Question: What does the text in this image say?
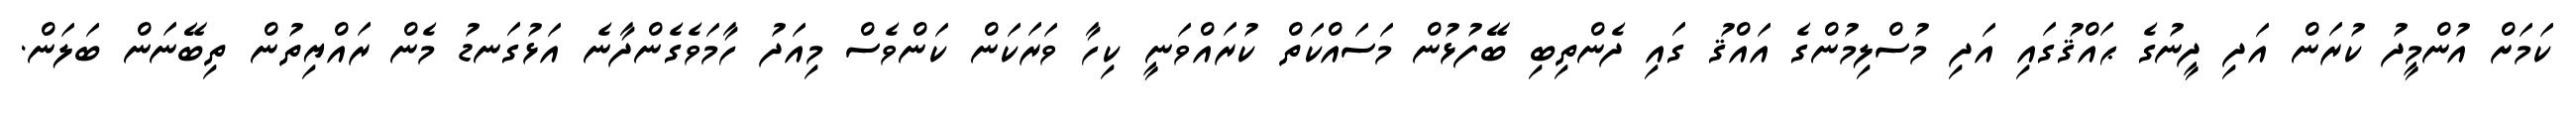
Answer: ކަމަށް އުންމީދު ކުރަން އަދި ދީނުގެ ޙައްޤުގައި އަދި މުސްލިމުންގެ އައްޤު ގައި ދެންތިބި ބޭފުޅުން މަސައްކަތް ކުރައްވަނީ ކިހާ ވަރަކަން ކަންވެސް މިއަދު ހާމަވެގެންދާނެ އަޅުގަނޑު މެން ރައްޔިތުން ތިބޭނަން ބަލަން.